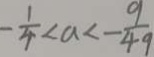
- \frac { 1 } { 4 } < a < - \frac { 9 } { 4 9 }